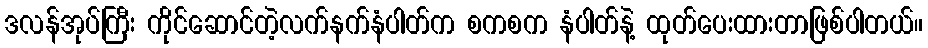
ဒလန်အုပ်ကြီး ကိုင်ဆောင်တဲ့လက်နက်နံပါတ်က စကစက နံပါတ်နဲ့ ထုတ်ပေးထားတာဖြစ်ပါတယ်။